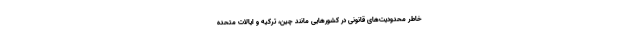
خاطر محدودیت‌های قانونی در کشورهایی مانند چین، ترکیه و ایالات متحده